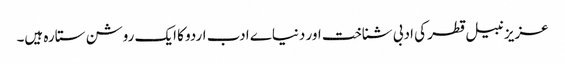
عزیز نبیل قطر کی ادبی شناخت اور دنیاے ادب اردو کا ایک روشن ستارہ ہیں۔